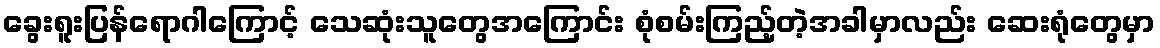
ခွေးရူးပြန်ရောဂါကြောင့် သေဆုံးသူတွေအကြောင်း စုံစမ်းကြည့်တဲ့အခါမှာလည်း ဆေးရုံတွေမှာ